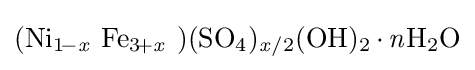
{(\mathrm {Ni} {\vphantom {A}}_{\smash[{t}]{1\!-{\mathit {x}}}}~\mathrm {Fe} {\vphantom {A}}_{\smash[{t}]{3\!+{\mathit {x}}}}~)(\mathrm {SO} {\vphantom {A}}_{\smash[{t}]{4}}){\vphantom {A}}_{\smash[{t}]{{\mathit {x}}/2}}(\mathrm {OH} ){\vphantom {A}}_{\smash[{t}]{2}}\,{\cdot }\,{\mathit {n}}\mathrm {H} {\vphantom {A}}_{\smash[{t}]{2}}\mathrm {O} }